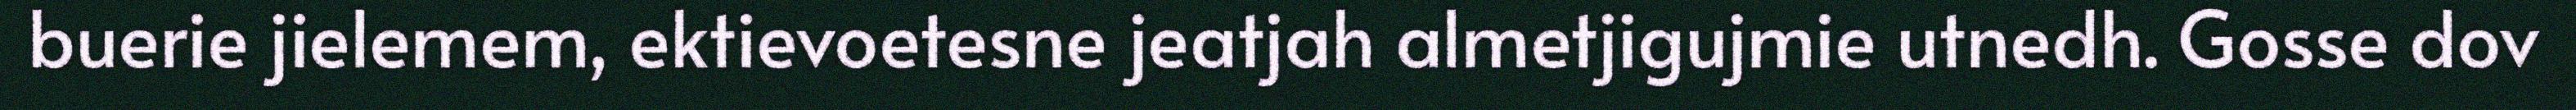
buerie jielemem, ektievoetesne jeatjah almetjigujmie utnedh. Gosse dov